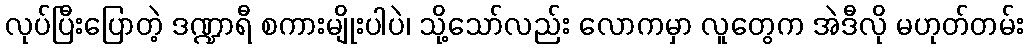
လုပ်ပြီးပြောတဲ့ ဒဏ္ဍာရီ စကားမျိုးပါပဲ၊ သို့သော်လည်း လောကမှာ လူတွေက အဲဒီလို မဟုတ်တမ်း